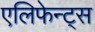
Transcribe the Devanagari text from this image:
एलिफेन्ट्स